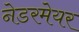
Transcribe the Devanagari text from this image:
नेडरमेयर